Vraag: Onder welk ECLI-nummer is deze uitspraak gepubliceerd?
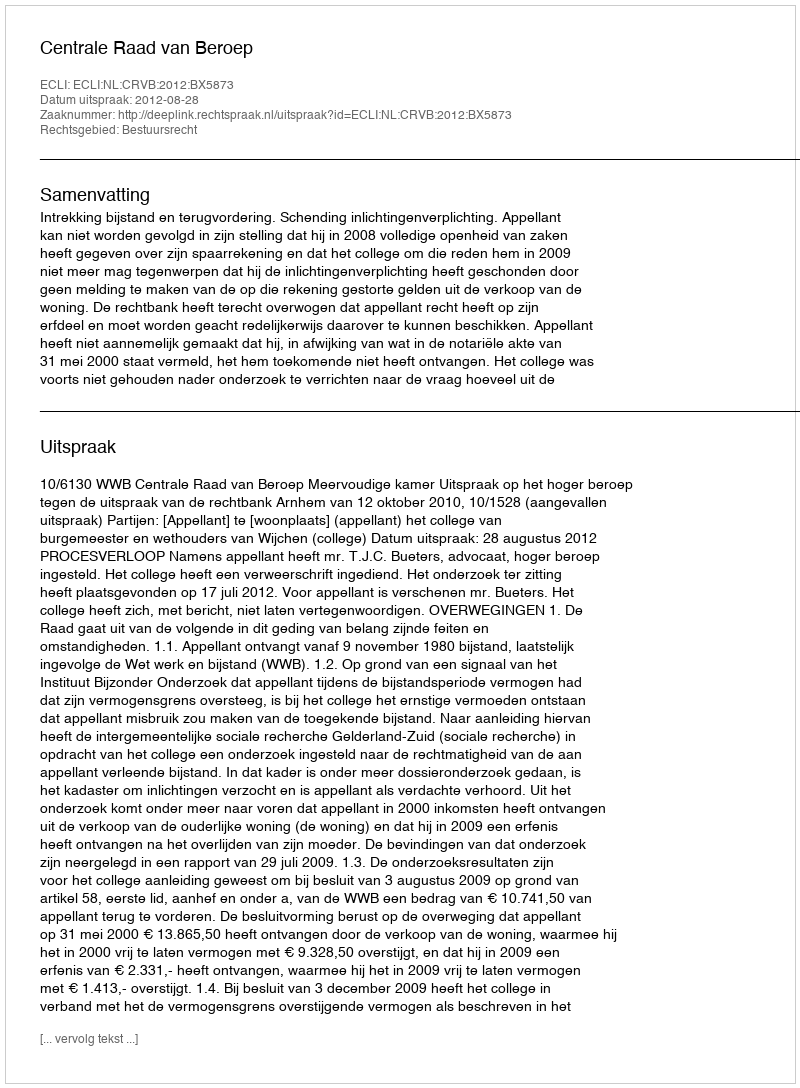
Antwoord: ECLI:NL:CRVB:2012:BX5873